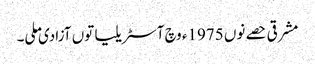
مشرقی حصے نوں 1975ء وچ آسٹریلیا توں آزادی ملی۔